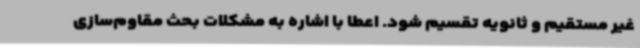
غیر مستقیم و ثانویه تقسیم شود. اعطا با اشاره به مشکلات بحث مقاوم‌سازی